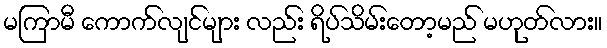
မကြာမီ ကောက်လျင်များ လည်း ရိပ်သိမ်းတော့မည် မဟုတ်လား။